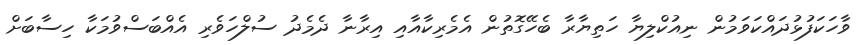
ވާހަކަފުޅުދައްކަވަމުން ނިއުކްލިޔާ ހަތިޔާރާ ބެހޭގޮތުން އެމެރިކާއާއި އިރާނާ ދެމެދު ސުލްހަވެރި އެއްބަސްވުމަކާ ހިސާބަށް